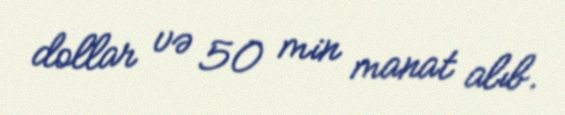
dollar və 50 min manat alıb.